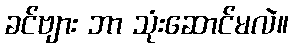
ခင်ဗျား ဘာ သုံးဆောင်မလဲ။